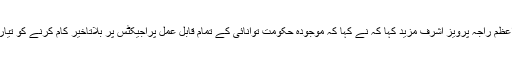
وزیراعظم راجہ پرویز اشرف مزید کہا کہ نے کہا کہ موجودہ حکومت توانائی کے تمام قابل عمل پراجیکٹس پر بلاتاخیر کام کرنے کو تیار ہے ۔